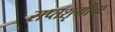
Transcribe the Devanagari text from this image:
सप्तशृंगीचा